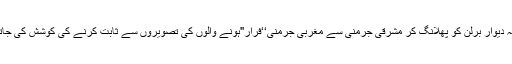
جیسا کہ دیوارِ برلن کو پھلانگ کر مشرقی جرمنی سے مغربی جرمنی‘‘فرار''ہونے والوں کی تصویروں سے ثابت کرنے کی کوشش کی جاتی تھی۔